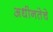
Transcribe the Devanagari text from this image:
अधीनतेचे